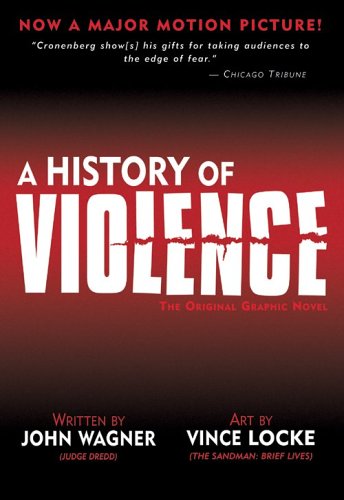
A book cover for A History of Violence; John Wagner; Humor & Entertainment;